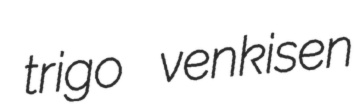
trigo venkisen